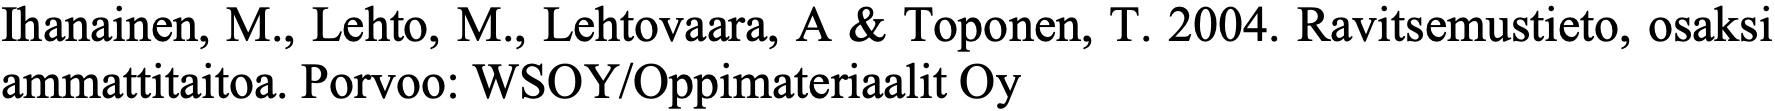
Ihanainen, M., Lehto, M., Lehtovaara, A & Toponen, T. 2004. Ravitsemustieto, osaksi ammattitaitoa. Porvoo: WSOY/Oppimateriaalit Oy